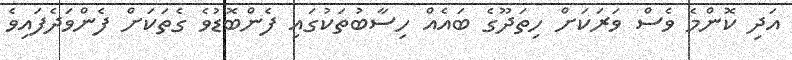
އަދި ކޮންމެ ވެސް ވަރަކަށް ހިތަދޫގެ ބައެއް ހިސާބުތަކުގައި ފެންބޮޑުވެ ގެތަކަށް ފެންވަދެފައިވެ